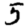
Digit: 5